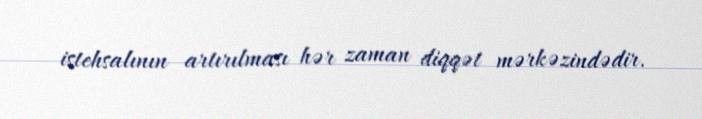
istehsalının artırılması hər zaman diqqət mərkəzindədir.